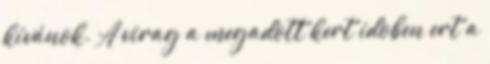
kívánok. A virag a megadott kert idoben ert a